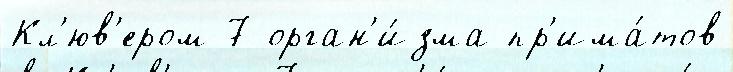
Кл'юв'ером 7 орган'и́зма пр'има́тов